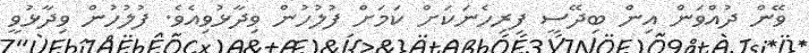
ވޭން ދުއްވަން އިން ބިދޭސީ ފިރިހެނަކަށް ކަމަށް ފުލުހުން ވިދާޅުވިއެވެ. ފުލުހުން ވިދާޅުވީ